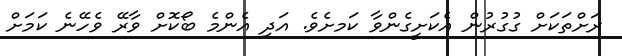
ރަށްތަކަށް ގުގުރުން އެކަށީގެންވާ ކަަމށެވެ. އަދި އެންމެ ބޯކޮށް ވާރޭ ވެހޭނެ ކަމަށް